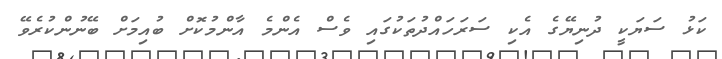
ކަޅު ސަޔަކީ ދުނިޔޭގެ އެކި ސަރަހައްދުތަކުގައި ވެސް އެންމެ އާންމުކޮށް ބުއިމަށް ބޭނުންކުރެވޭ